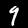
Digit: 9